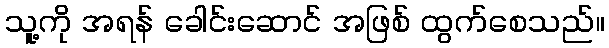
သူ့ကို အရန် ခေါင်းဆောင် အဖြစ် ထွက်စေသည်။